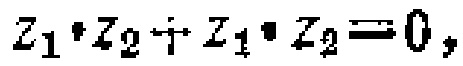
\(z_{1}\cdot z_{2}+z_{1}\cdot z_{2}=0\)